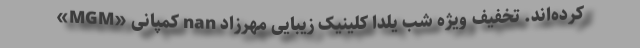
کرده‌اند. تخفیف ویژه شب یلدا کلینیک زیبایی مهرزاد nan کمپانی «MGM»